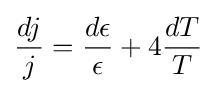
{\frac {dj}{j}}={\frac {d\epsilon }{\epsilon }}+4{\frac {dT}{T}}